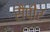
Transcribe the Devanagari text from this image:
सैपीर